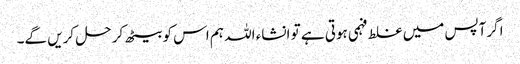
ا گرآپس میں غلط فہمی ہوتی ہے تو انشاء اللہ ہم اس کو بیٹھ کر حل کریں گے۔